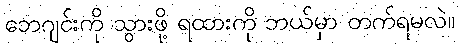
ဘေဂျင်းကို သွားဖို့ ရထားကို ဘယ်မှာ တက်ရမလဲ။